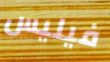
فيليس